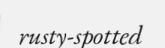
rusty-spotted